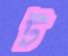
ট